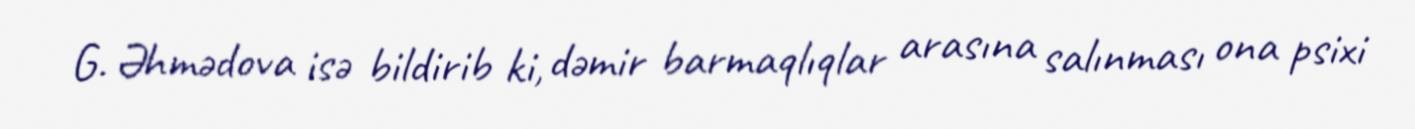
G. Əhmədova isə bildirib ki, dəmir barmaqlıqlar arasına salınması ona psixi